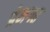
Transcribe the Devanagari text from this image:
प्रेमगत